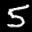
Label: 5